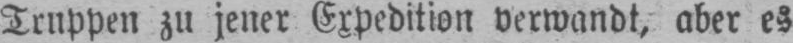
Truppen zu jener Expedition verwandt, aber es